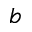
b